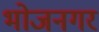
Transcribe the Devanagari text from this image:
भोजनगर